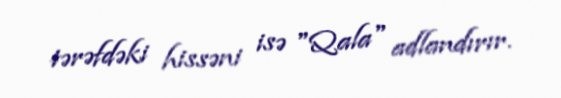
tərəfdəki hissəni isə "Qala" adlandırır.